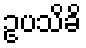
ဥပသိခိ